Reports on military cantonments and civil stations in the Presidency of Bombay inspected by the Sanitary Commissioner in the years 1875 and 1876
Year: 1875
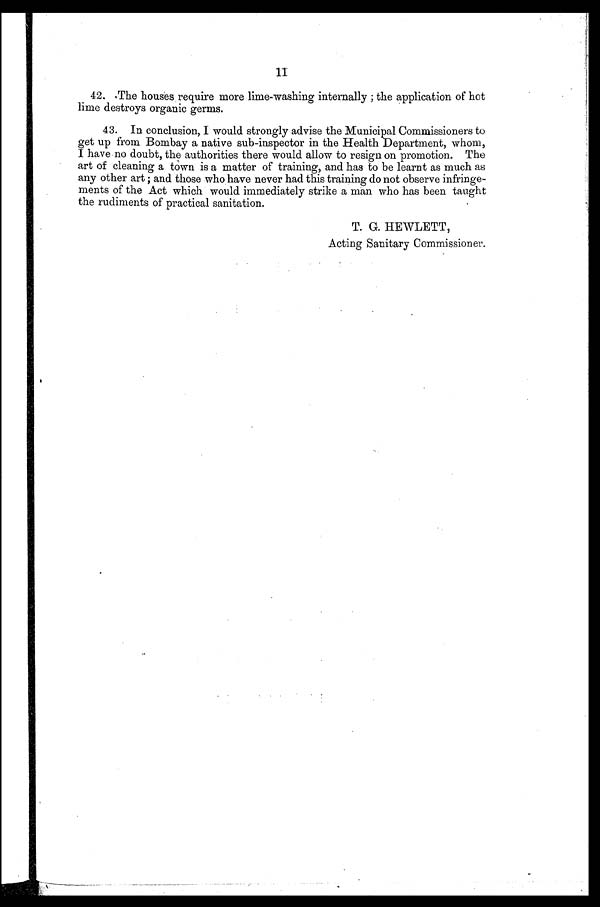
42.- .The houses require more lime-washing internally ; the application of hot
lime destroys organic germs.
43. In conclusion, I would strongly advise the Municipal Commissioners to
get up from Bombay a native sub-inspector in the Health Department, whom,
I have no doubt, the authorities there would allow to resign on promotion. The
art of cleaning a town is a matter of training, and has to be learnt as much as
any other art ; and those who have never had this training do not observe infringe-
ments of the Act which would immediately strike a man who has been taught
the rudiments of practical sanitation.
T. G. HEWLETT,
Acting Sanitary Commissioner.